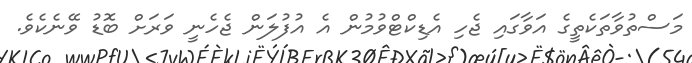
މަސްތުވާތަކެތީގެ އަވާގައި ޖެހި އެޑިކްޓްވުމުން އެ އުފުލަން ޖެހެނީ ވަރަށް ބޮޑު ވޭނެކެވެ.